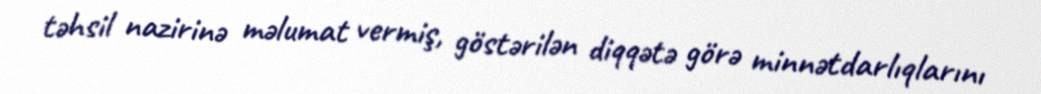
təhsil nazirinə məlumat vermiş, göstərilən diqqətə görə minnətdarlıqlarını